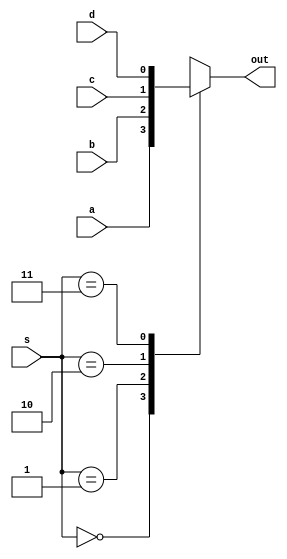
module mux4_1(output reg out, input wire a, b, c, d, input wire [1:0] s);
    always @(a,b,c,d,s)
    begin
        case(s)
            2'b00: out = a;
            2'b01: out = b;
            2'b10: out = c;
            2'b11: out = d;
            default:    out = 1'bX;
        endcase
    end
endmodule